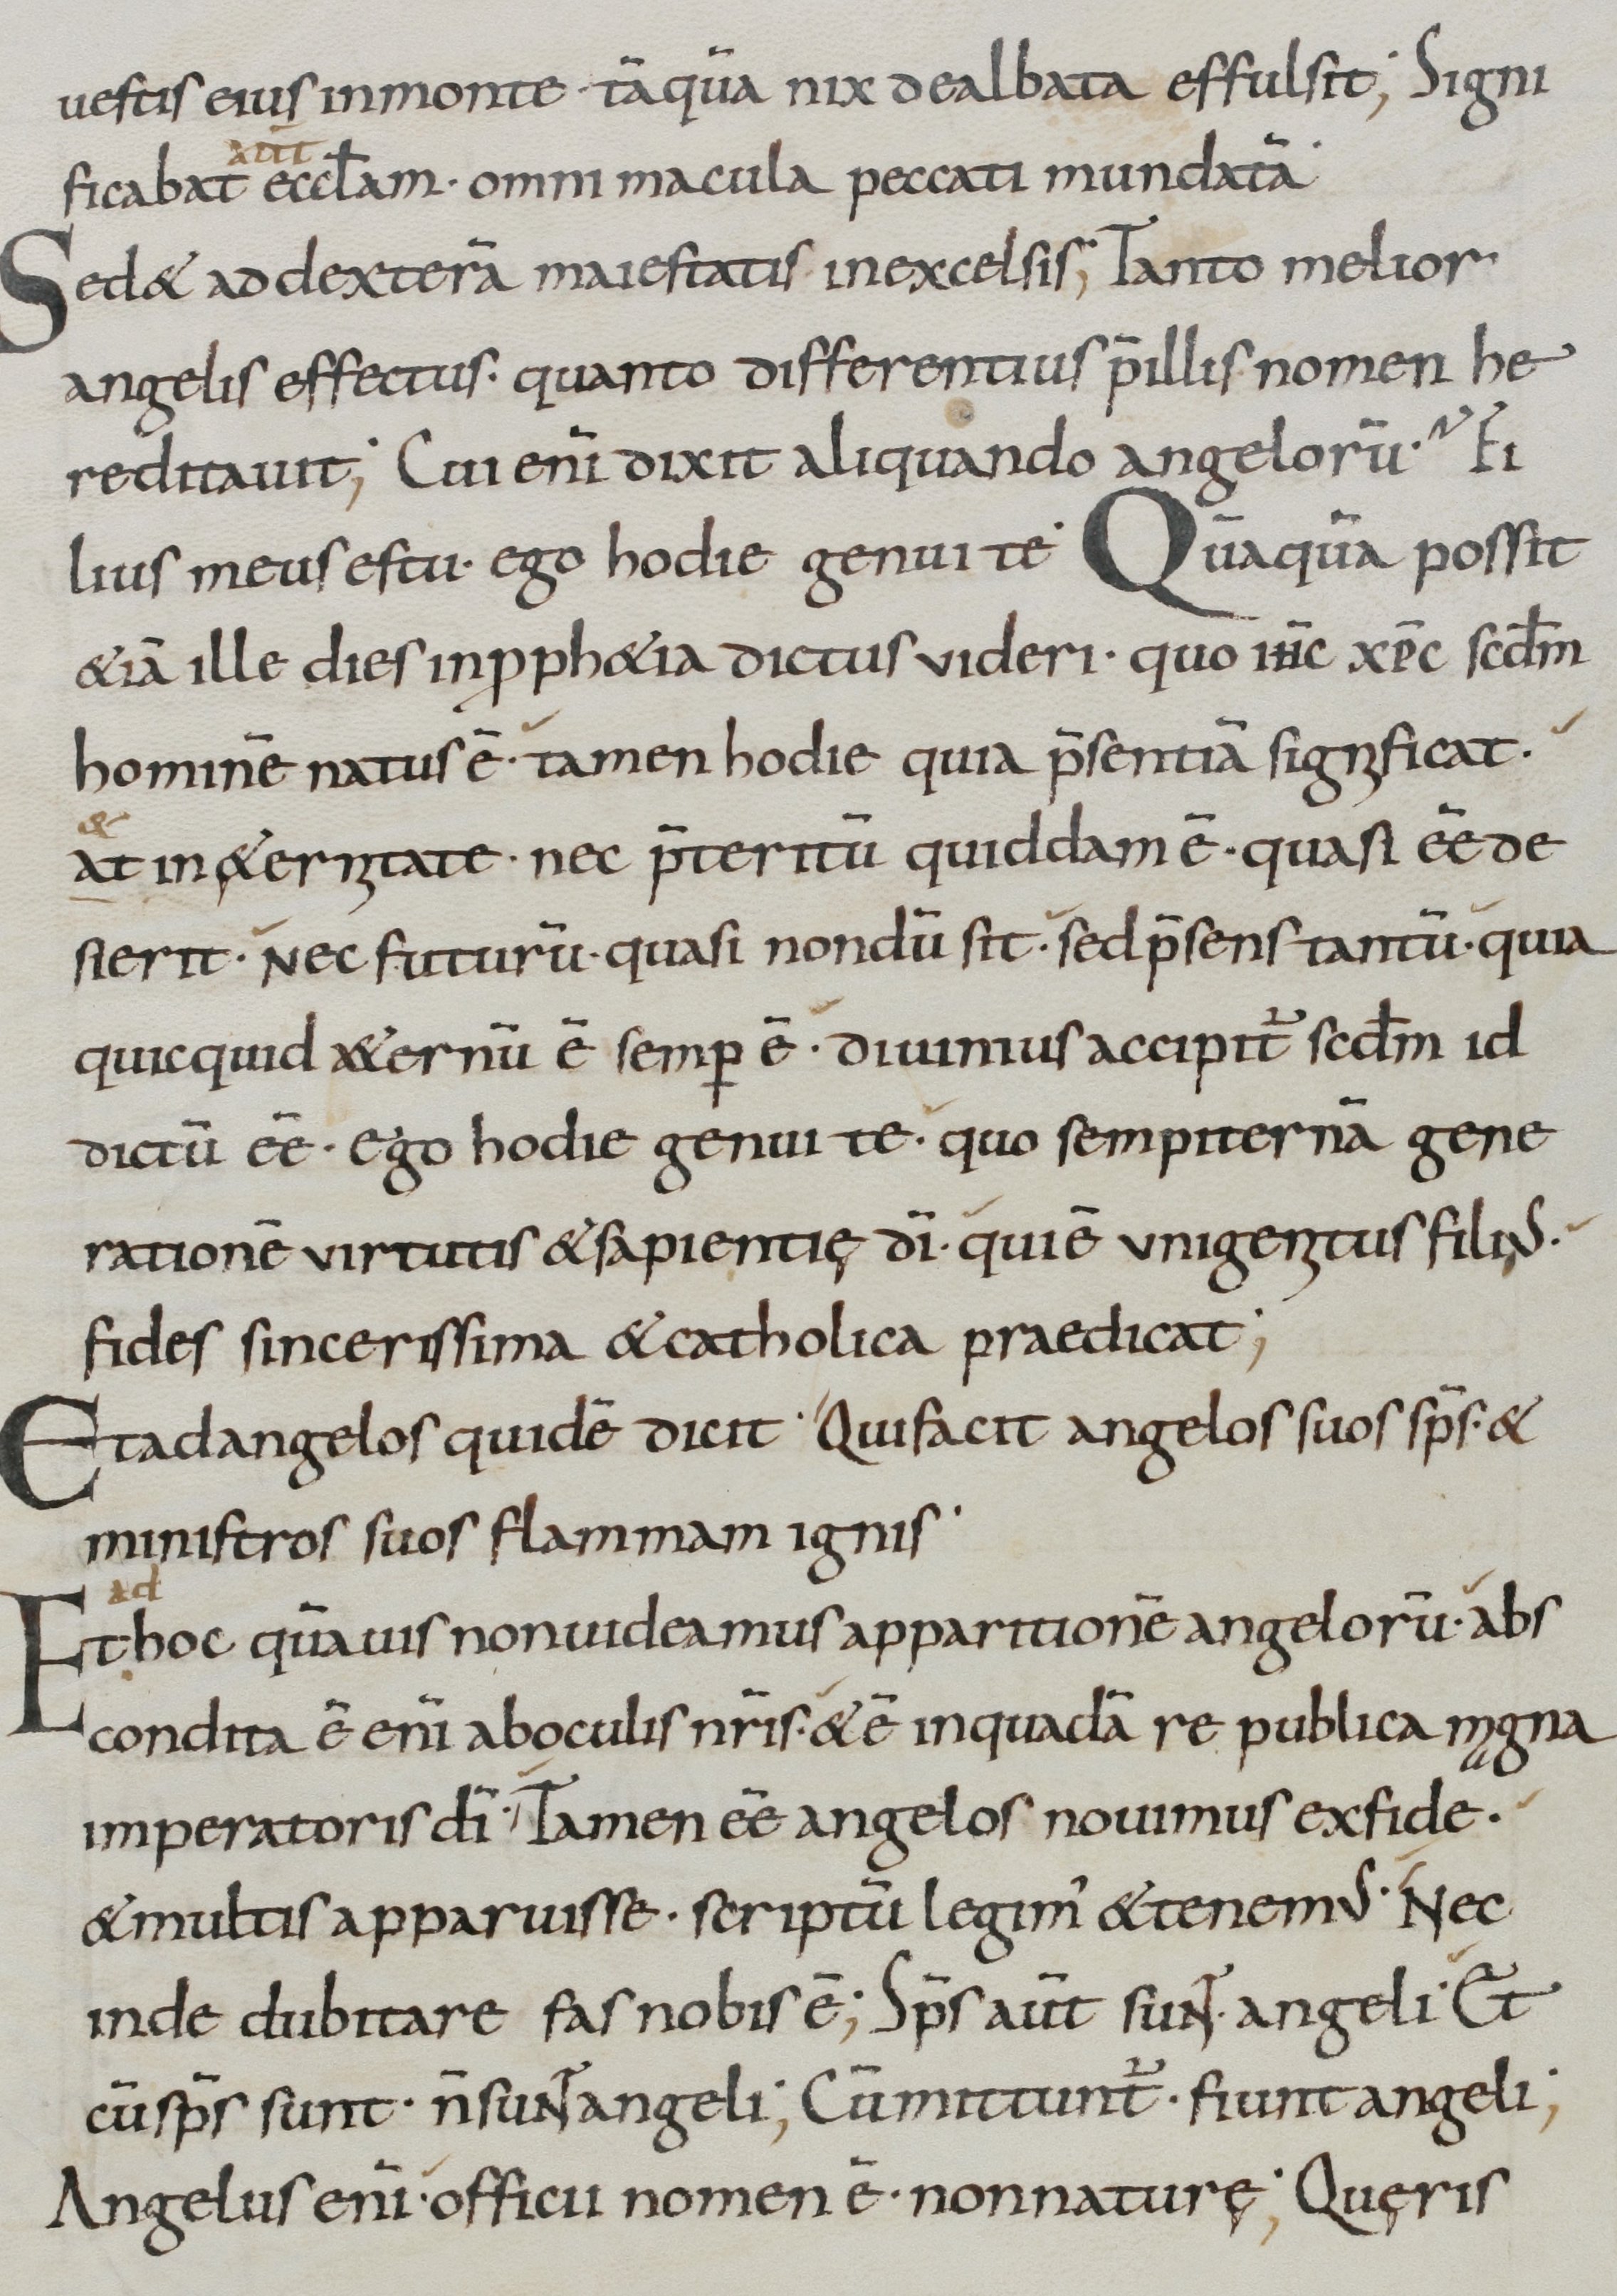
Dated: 800–899